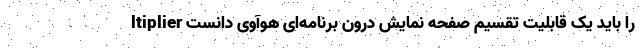
ltiplier را باید یک قابلیت تقسیم صفحه نمایش درون برنامه‌ای هوآوی دانست